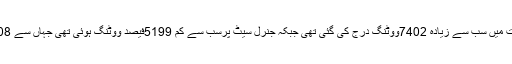
گریز کے سرحدی حلقوں میں گذشتہ انتخابات میں سب سے زیادہ 7402ووٹنگ درج کی گئی تھی جبکہ جنرل سیٹ پرسب سے کم 5199فیصد ووٹنگ ہوئی تھی جہاں سے 2008میں وزیر اعلی نے فتح حاصل کی تھی۔